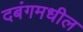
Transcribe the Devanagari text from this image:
दबंगमधील